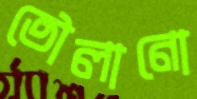
তৌলানো